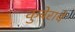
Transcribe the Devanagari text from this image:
कुबेराचे